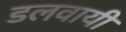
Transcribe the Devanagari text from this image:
डलवायी